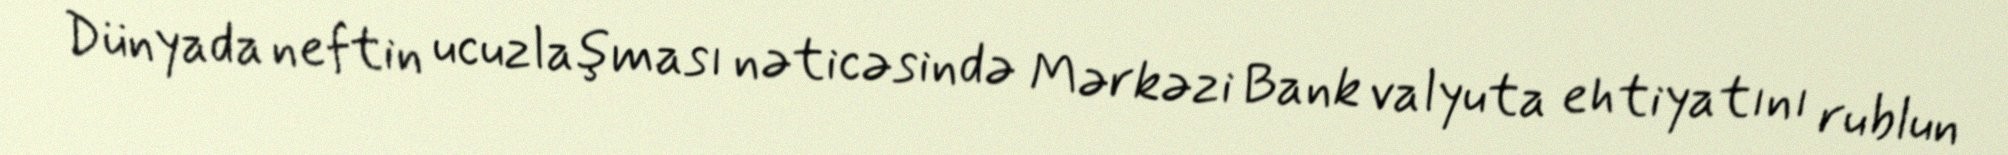
Dünyada neftin ucuzlaşması nəticəsində Mərkəzi Bank valyuta ehtiyatını rublun